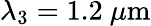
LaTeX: \lambda_{3}=1.2~\mu\mathrm{m}